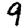
Digit: 9